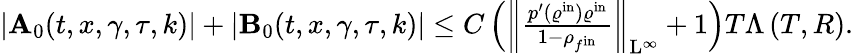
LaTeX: \begin{array}{r}{\vert\mathbf{A}_{0}(t,x,\gamma,\tau,k)\vert+\vert\mathbf{B}_{0}(t,x,\gamma,\tau,k)\vert\leq C\left(\left\Vert\frac{p^{\prime}(\varrho^{\mathrm{in}})\varrho^{\mathrm{in}}}{1-\rho_{f^{\mathrm{in}}}}\right\Vert_{\mathrm{L}^{\infty}}+1\right)T\Lambda\left(T,R\right).}\end{array}